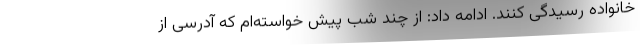
خانواده رسیدگی کنند. ادامه داد: از چند شب پیش خواسته‌ام که آدرسی از